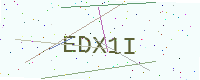
Text: EDX1I